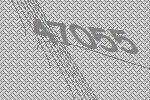
47055